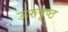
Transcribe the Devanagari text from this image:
ऊरुपृष्ठ